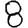
Digit: 8